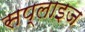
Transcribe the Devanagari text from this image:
सप्लाइज